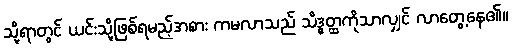
သို့ရာတွင် ယင်းသို့ဖြစ်ရမည့်အစား ကမလာသည် သိဒ္ဓတ္ထကိုသာလျှင် လာတွေ့နေ၏။